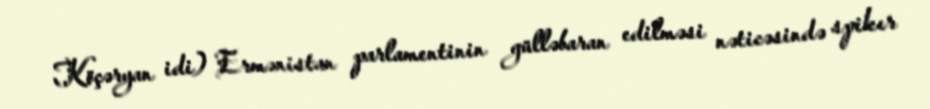
Köçəryan idi) Ermənistan parlamentinin gülləbaran edilməsi nəticəsində spiker